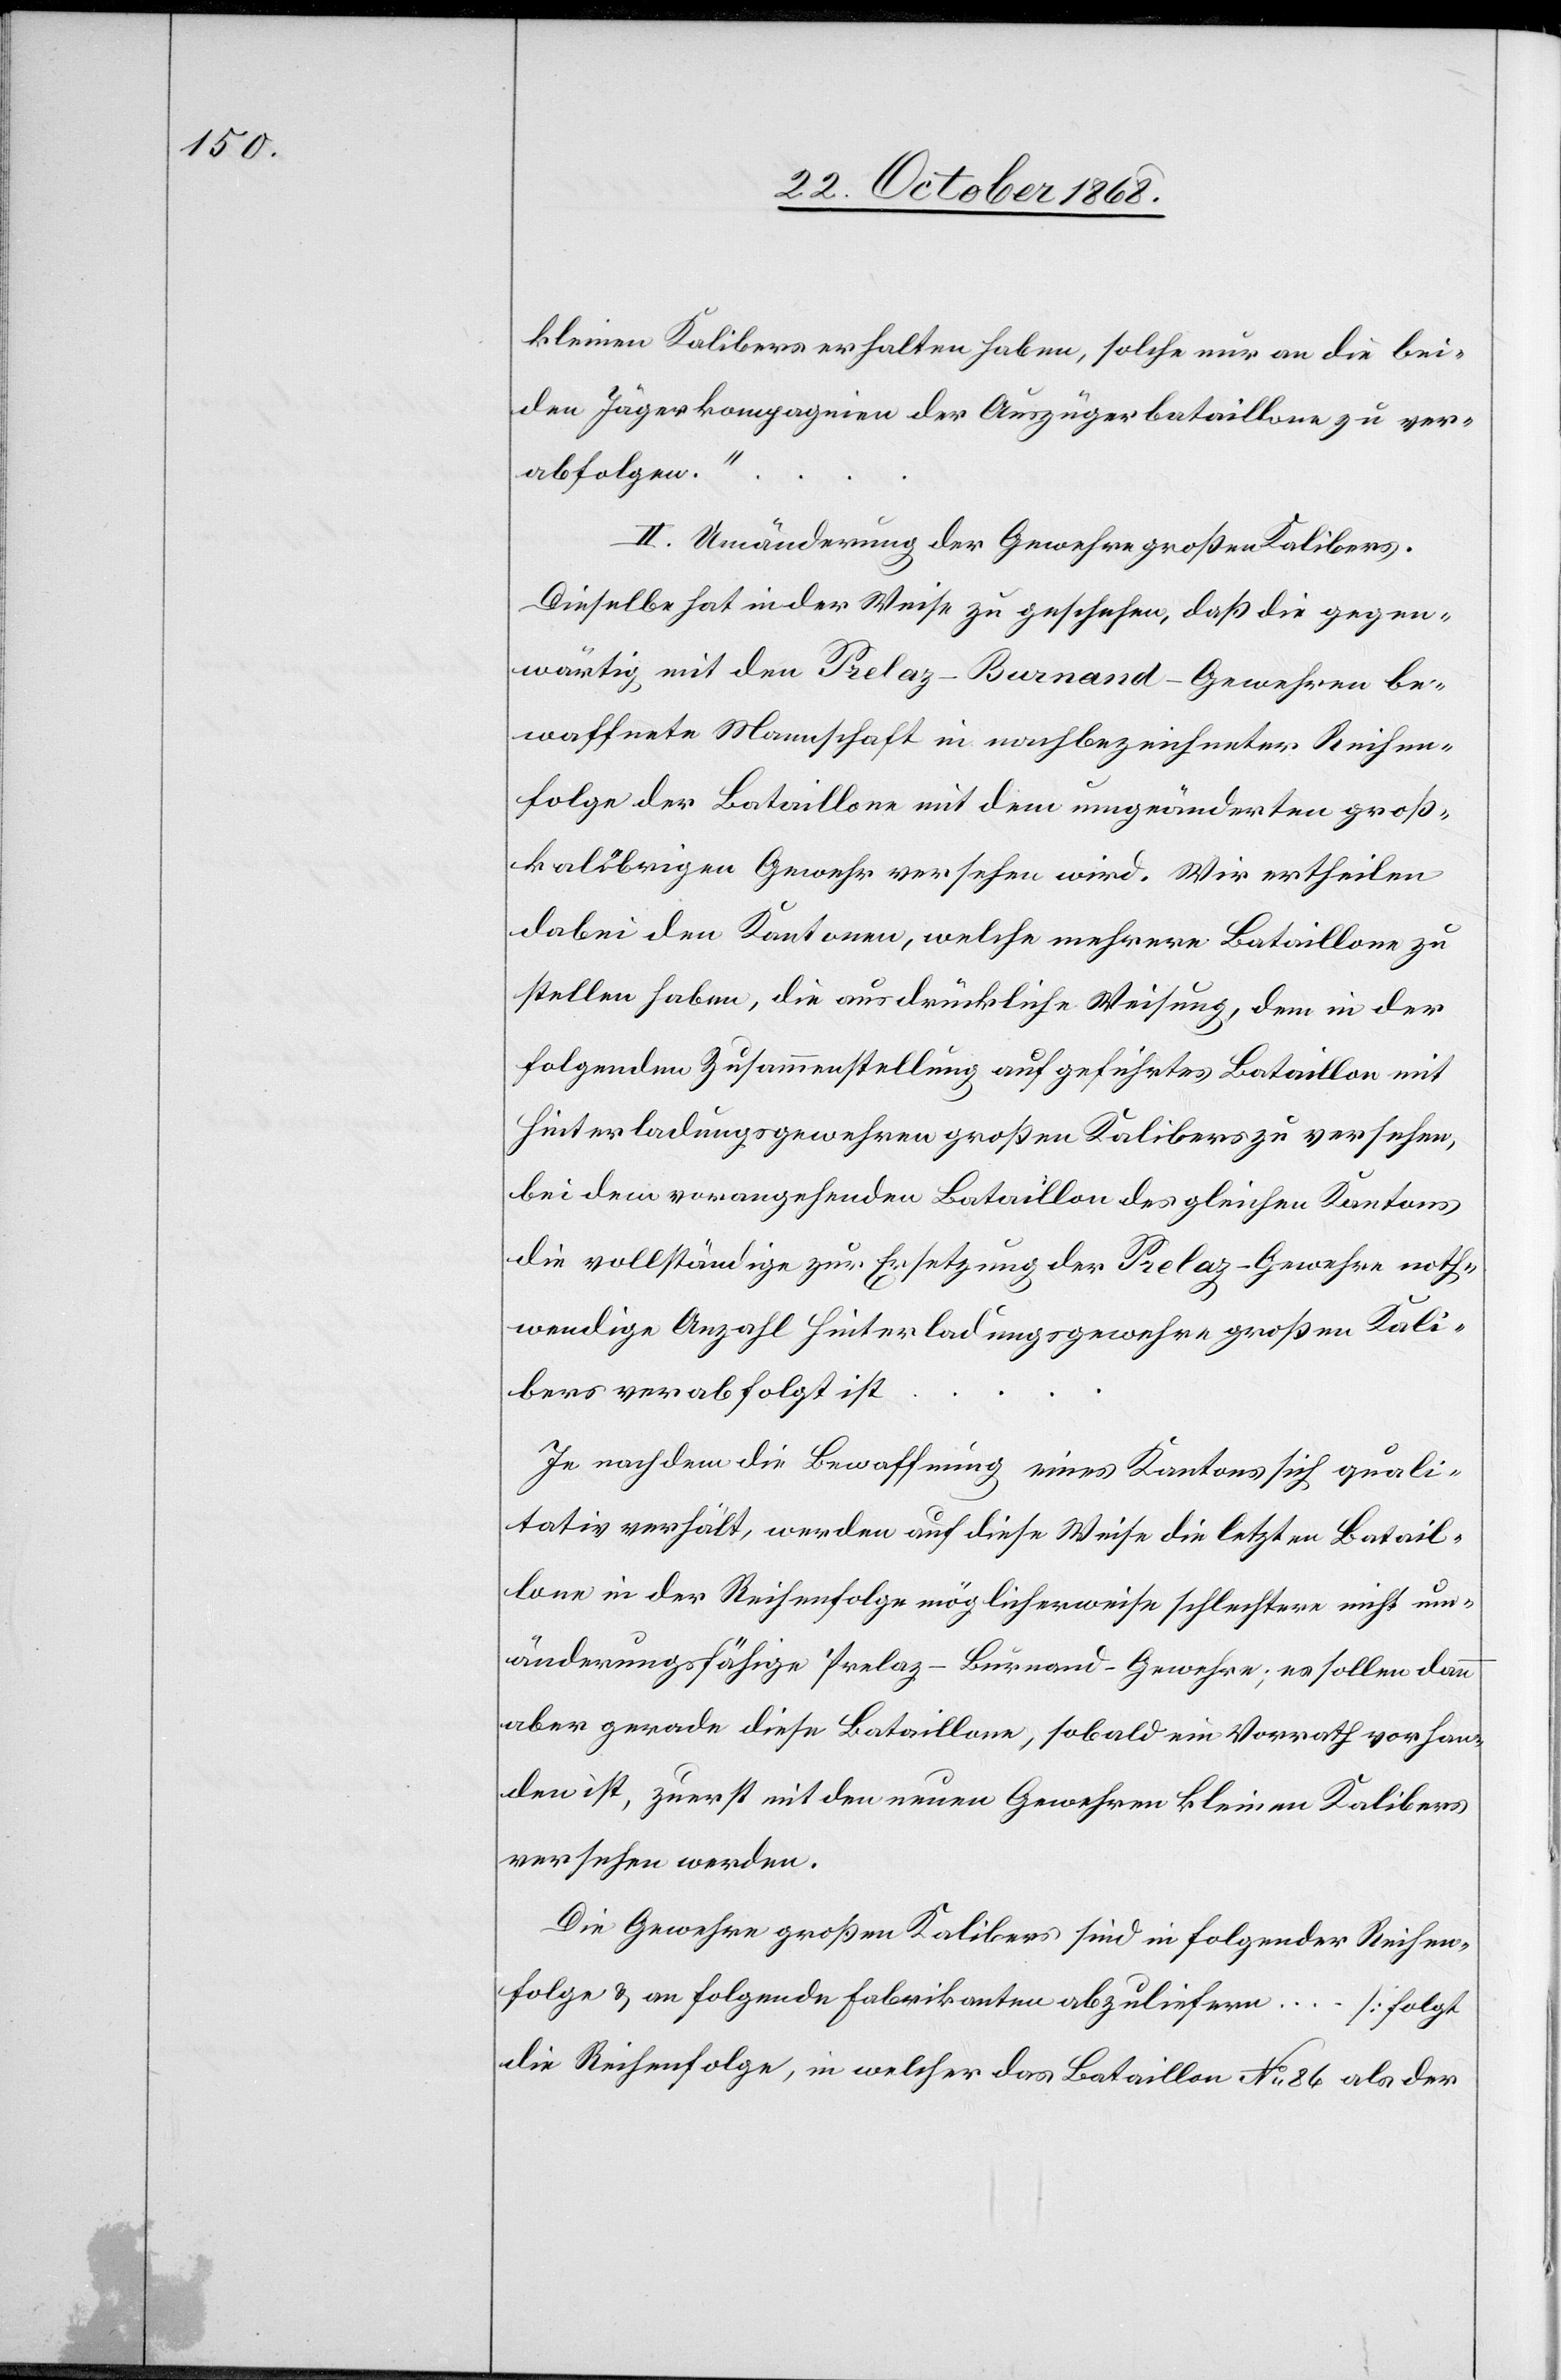
kleinen Kalibers erhalten haben, solche nur an die bei¬
den Jägerkompagnien der Auszügerbataillone zu ver¬
abfolgen.“
[„]II. Umänderung der Gewehre großen Kalibers.
Dieselbe hat in der Weise zu geschehen, daß die gegen¬
wärtig mit den Prelaz-Burnand-Gewehren be¬
waffnete Mannschaft in nachbezeichneter Reihen¬
folge der Bataillone mit dem umgeänderten groß¬
kalibrigen Gewehr versehen wird. Wir ertheilen
dabei den Kantonen, welche mehrere Bataillone zu
stellen haben, die ausdrückliche Weisung, dem in der
folgenden Zusammenstellung aufgeführtes Bataillon mit
Hinterladungsgewehren großen Kalibers zu versehen,
bei dem vorangehenden Bataillon des gleichen Kantons
die vollständige zur Ersetzung der Prelaz-Gewehre noth¬
wendige Anzahl Hinterladungsgewehre großen Kali¬
bers verabfolgt ist
Je nachdem die Bewaffnung eines Kantons sich quali¬
tativ verhält, werden auf diese Weise die letzten Batail¬
lone in der Reihenfolge möglicherweise schlechtere nicht um¬
änderungsfähige Prelaz-Burnand-Gewehre; es sollen dann
aber gerade diese Bataillone, sobald ein Vorrath vorhan¬
den ist, zuerst mit den neuen Gewehren kleinen Kalibers
versehen werden.
Die Gewehre großen Kalibers sind in folgender Reihen¬
folge & an folgende Fabrikanten abzuliefern … [folgt
die Reihenfolge, in welcher das Bataillon No 86 als der